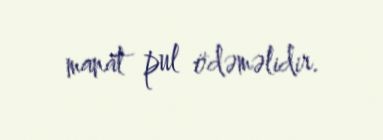
manat pul ödəməlidir.